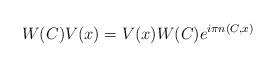
LaTeX: \begin{align*}W(C)V(x)=V(x)W(C)e^{i\pi n(C,x)} \end{align*}